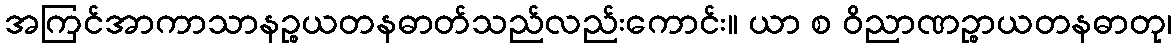
အကြင်အာကာသာနဉ္စယတနဓာတ်သည်လည်းကောင်း။ ယာ စ ဝိညာဏဉ္စာယတနဓာတု၊